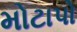
મોટાપો